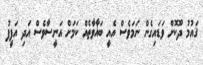
ޤައުމު ދޫކޮށް ވަޑައިގެން ނަމަވެސް އެއީ ބަޣާވާތެއް ކަމަށް އަނީސާވެސް އަދި އަފީފު